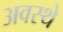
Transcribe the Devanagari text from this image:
अवस्थे